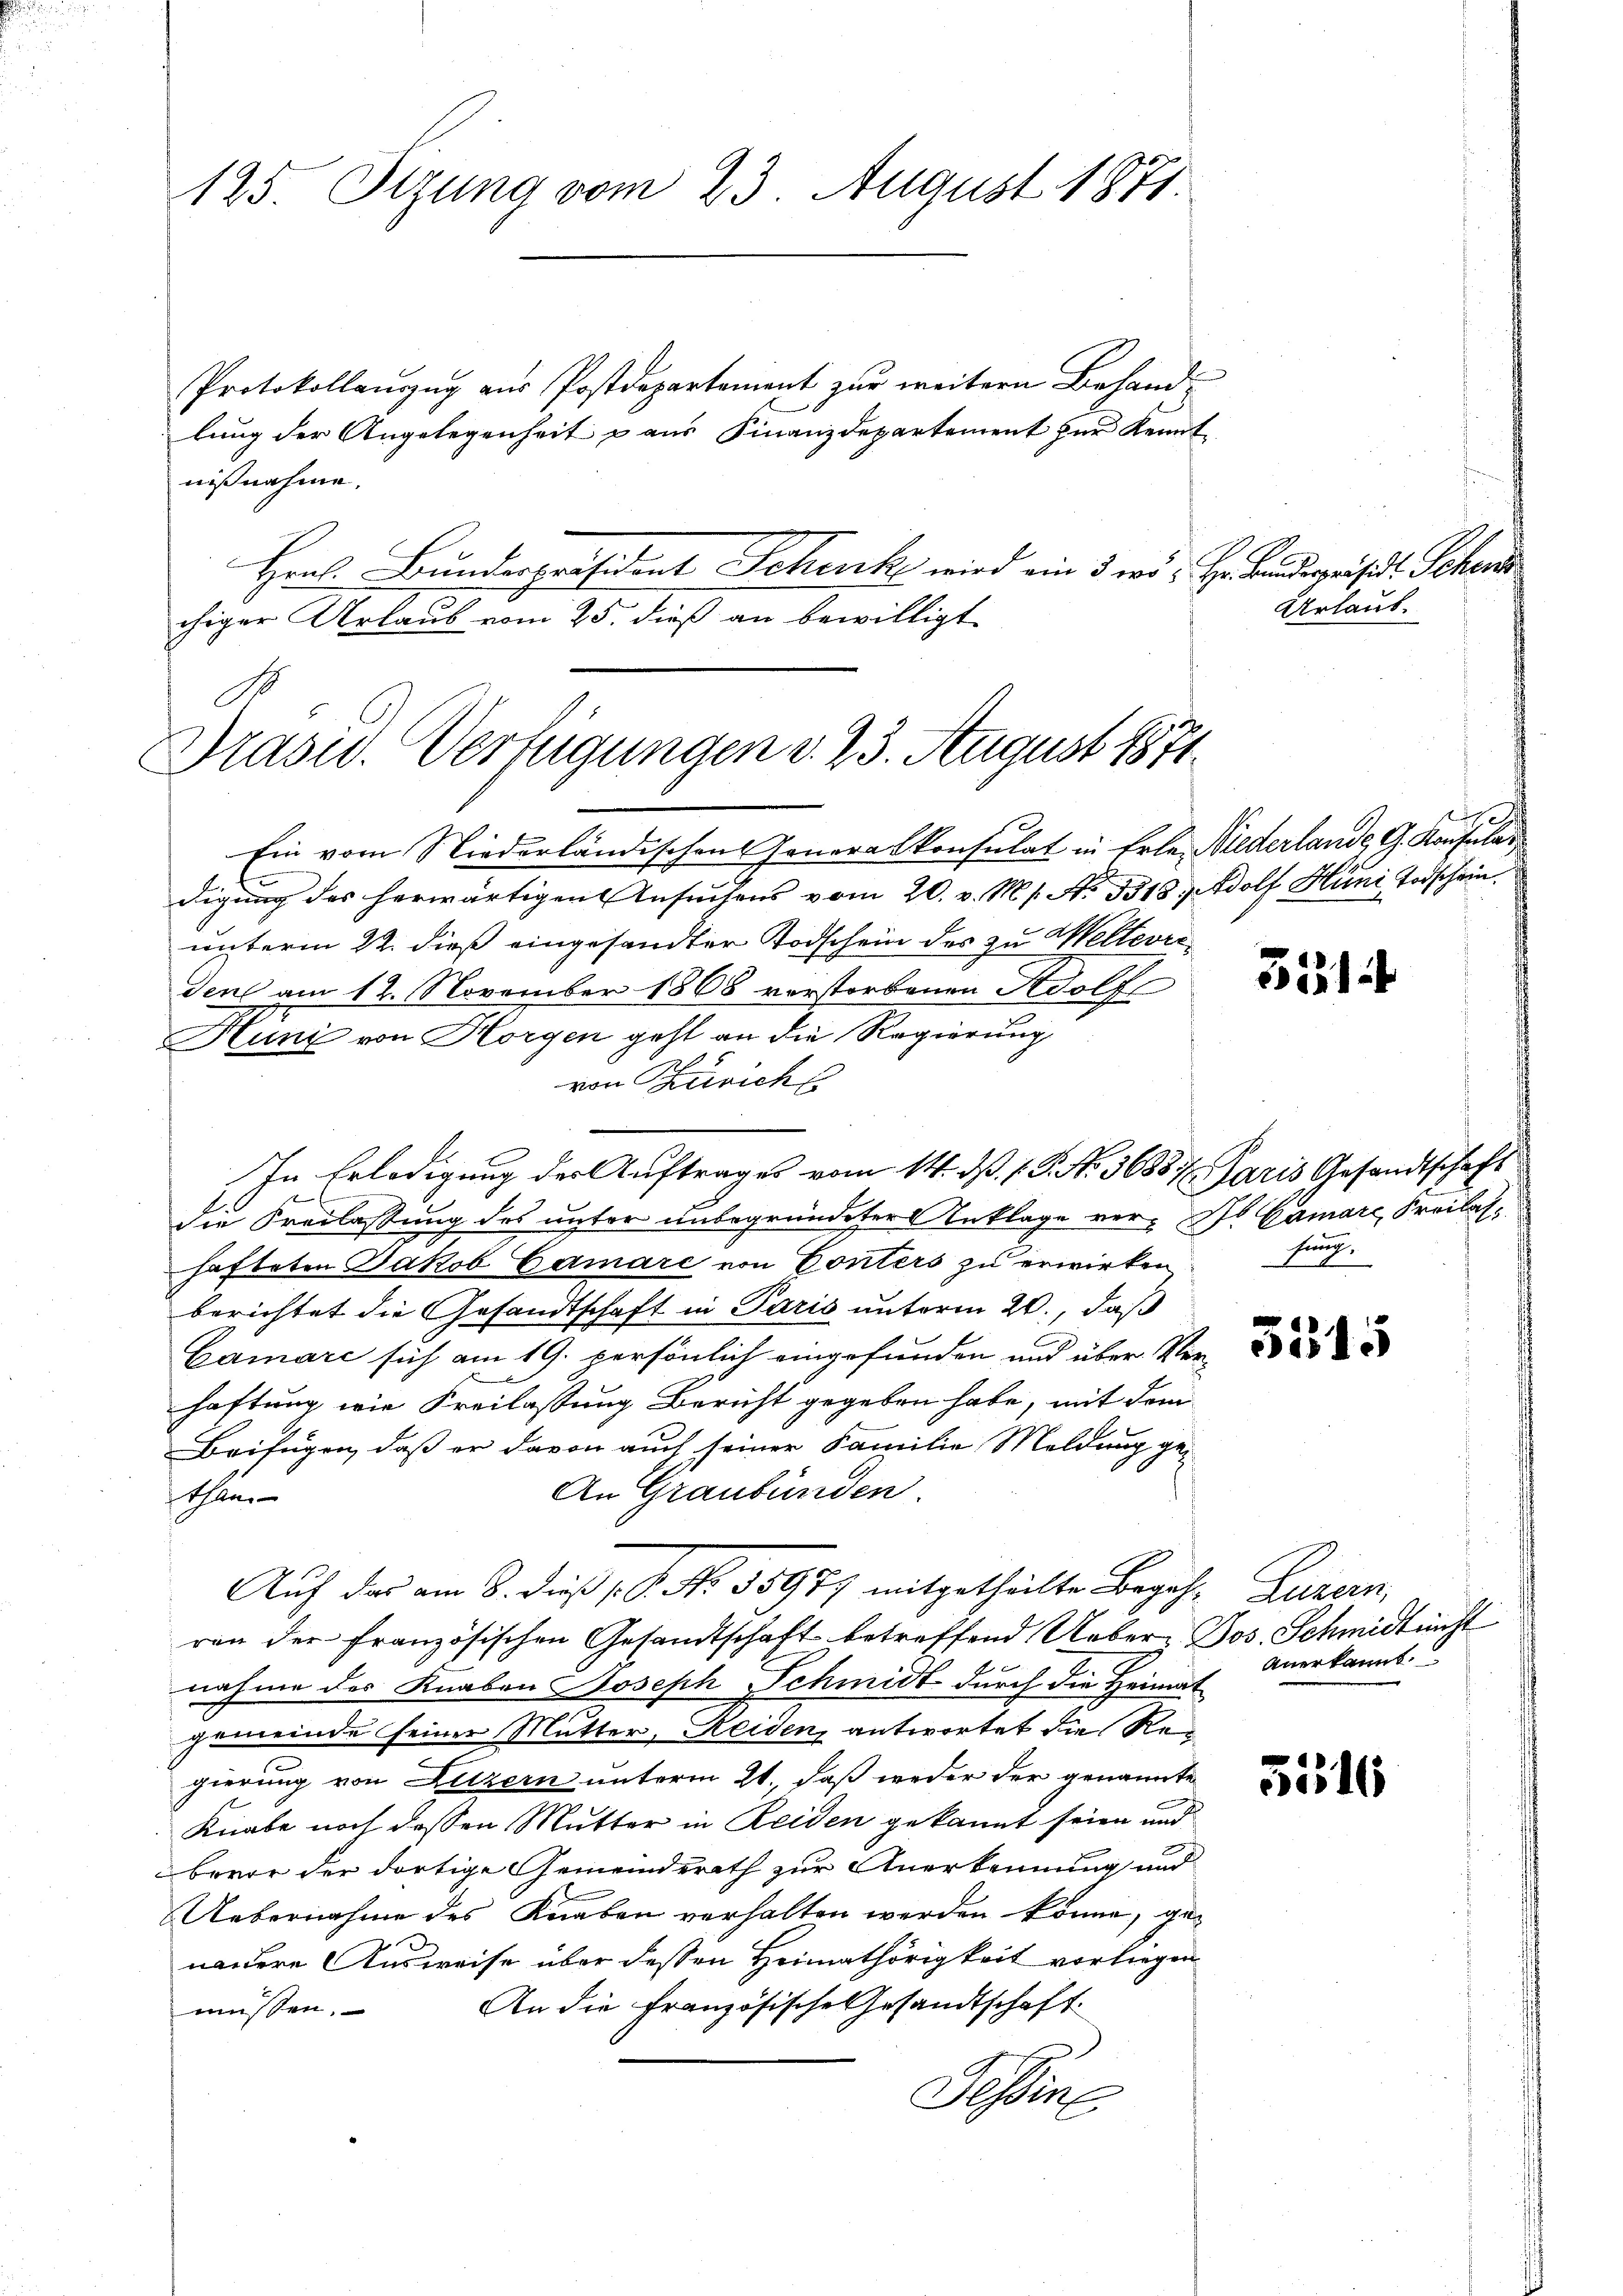
Protokollaŭszŭg aŭs Postdepartement zŭr weitern Behand-
lung der Angelegenheit aus Finanzdepartement zur Kennt
nißnahme,
Hrns. Bunderpräsident Schenk wird ein 3 wo u. Hr. Bundespräsidt. Schen
chiger Urlaub vom 25. dieß an bewilligt.
Präsid. Verfügungen d. 23. August 1871

125. Otzung vom 23. August 1871.

Ein vom Niederländischen Generalkonsulat in Erle Niederlande G. Konsular
digung des herwärtigen Ansuchens vom 20. v. Ms. No 3318, Adolf Hüni Todschein.
unterm 22. dieß eingesandter Todschein des zu Welterra
Tenl am 12. November 1868 vorstorbenen Adolfs
Hunz von Horgen geht an die Regierung
von Züricht
In Erledigung der Auftrages vom 14. ds. (T. No. 36887. Paris Gesandtschaft
n
die Freilassung des unter unbegründeter Anklage ver- St. Gamare Freilashafteten Jakob Gamare von Conters zu erwirken
berichtet die Gesandtschaft in Paris unterm 20., daß
Gamare sich am 19. persönlich eingefunden und über Verhaftung wie Freilassung Bericht gegeben habe, mit dem
Beifügen, daß er davon auch seiner Familie Meldung ge¬
An Graubünden
than
Auf das am 8. dieß 18. No. 35977 mitgetheilte Begeh- Luzern,
ren der Französischen Gesandtschaft betreffend Ueber, Jos. Schmidt nicht
nahme des Knaben Joseph Schmidt durch die Heimat
gemeinde seiner Mutter, Heiden, antwortet die Regierung von Luzern unterm 21. daß weder der genannte
Knabe noch dessen Mutter in Reiden gekannt seien und
bevor der dortige Gemeinderath zur Anerkennung und
Uebernahme des Knaben verhalten werden könne, genandere Ausweise über dessen Heimathörigkeit vorliegen
An die Französische Gesandtschaft
müssen.
Tessine

Urlaub.

531

fruch,

5515

Anerkannt.

ces 16